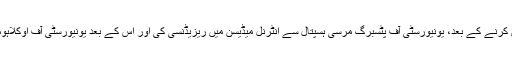
انہوں‌ نے سارے یو ایس ایم ایل ای پاس کرنے کے بعد، یونیورسٹی آف پٹسبرگ مرسی ہسپتال سے انٹرنل میڈیسن میں‌ ریزیڈنسی کی اور اس کے بعد یونیورسٹی آف اوکلاہوما سے اینڈوکرینالوجی میں‌فیلو شپ کی۔